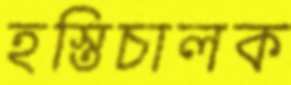
হস্তিচালক